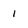
Character: 1